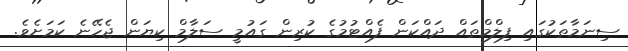
ސިނަމާތަކުގައި ފިލްމްތައް ދައްކަން ފެއްޓުމުގެ ކުރިން ގައުމީ ސަލާމް ކިޔަން ޖެހޭނެ ކަމަށެވެ.